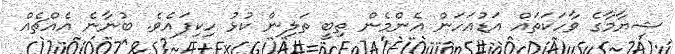
ޝިޔާމާގެ ވާހަކަތައް އަޑުއަހަން އެންމެން ތިބީ ތަލިން ކުޅު ހިކިފައެވެ. ބުނާނެ އެއްޗެއް